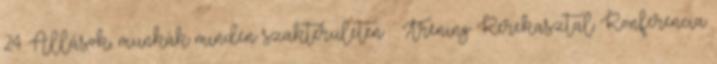
24 Állások, munkák minden szakterületen » Tréning Kerekasztal Konferencia